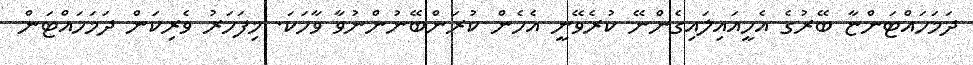
ދަމަހައްޓަންޏާ ބޭރުގެ އެހީއައިލައިގެންނޭ ކުރެވޭނީ އެހެން ކުރަންބޭނުންނުވާ ވާހަކަ. މިފަހަރު ވެރިކަން ދަމަހައްޓަން